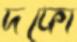
দফো